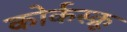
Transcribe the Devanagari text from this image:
कोर्कस्क्रू